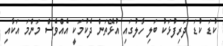
ކުޑަ ކުޑަ ދަރިފުޅަކު ބަލި ހާލުގައި އުޅޭތަން ދެކުމަކީ އެއްވެސް މަންމަ އަކާއި